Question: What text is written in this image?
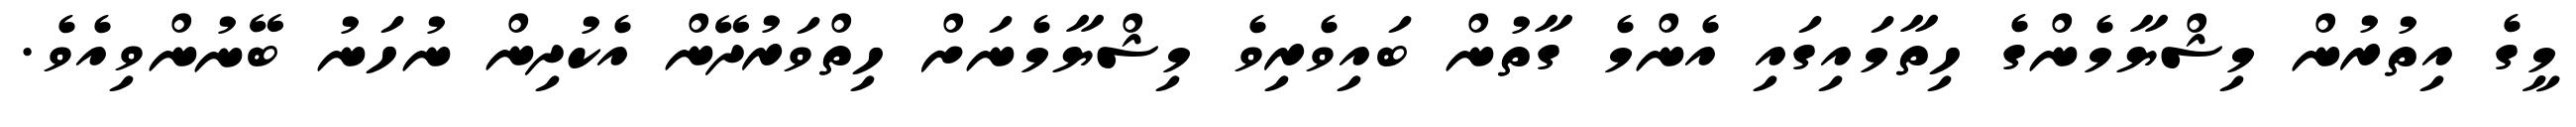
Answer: މީގެ އިތުރުން މިޝްޔާމެންގެ ހިތާމައިގައި އެންމެ ގާތުން ބައިވެރިވެ މިޝްޔާމެނަށް ހިތްވަރުދޭން އެކުދިން ނުހަނު ބޭނުންވިއެވެ.